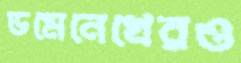
ডমেনেখেরও